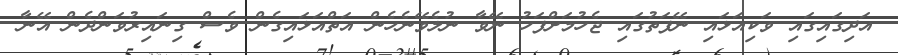
އަދިގައިގައި ވަކިއަޅައި ނޭފަތުގައި ޖެހުމަށްފަހު ނޭވާ ނުލެވޭނެހެން އަތްއަޅައިގެން ވެސް ގިނައިރުވަންދެން އޭނާ